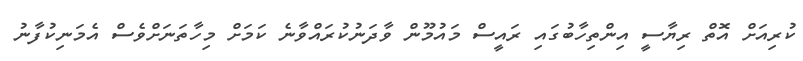
ކުރިއަށް އޮތް ރިޔާސީ އިންތިހާބުގައި ރައީސް މައުމޫން ވާދަނުކުރައްވާނެ ކަމަށް މިހާތަނަށްވެސް އެމަނިކުފާނު